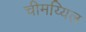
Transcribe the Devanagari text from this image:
चीमय्यिल